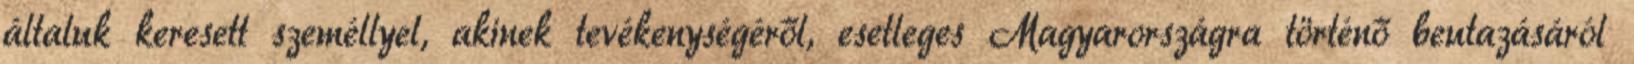
általuk keresett személlyel, akinek tevékenységéről, esetleges Magyarországra történő beutazásáról